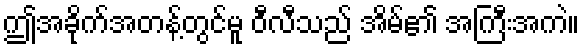
ဤအခိုက်အတန့်တွင်မူ ဝီလီသည် အိမ်၏ အကြီးအကဲ။